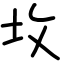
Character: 坆